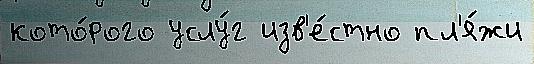
кото́рого услу́г изв'е́стно пл'я́жи